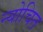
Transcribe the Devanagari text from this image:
न्योचित